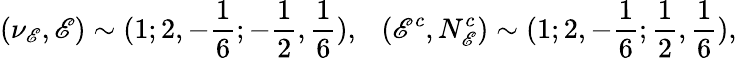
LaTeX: (\nu_{\mathscr{E}},\mathscr{E})\sim(1;2,-{\frac{{1}}{{6}}};-{\frac{{1}}{{2}}},{\frac{{1}}{{6}}}),~~~(\mathscr{E}^{c},N_{\mathscr{E}}^{c})\sim(1;2,-{\frac{{1}}{{6}}};{\frac{{1}}{{2}}},{\frac{{1}}{{6}}}),